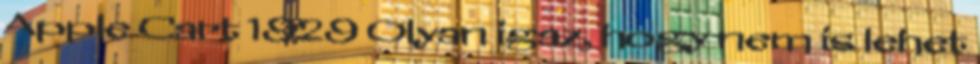
Apple Cart 1929 Olyan igaz, hogy nem is lehet